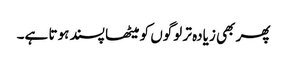
پھر بھی زیادہ تر لوگوں کو میٹھا پسند ہوتا ہے۔